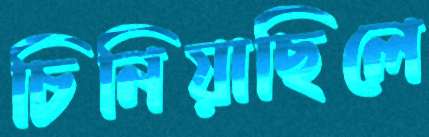
চিনিয়াছিলে